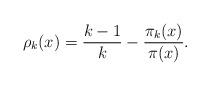
LaTeX: \begin{align*} \rho_k(x) = \frac{k-1}{k} - \frac{\pi_k(x)}{\pi(x)}.\end{align*}